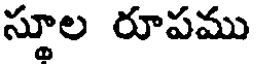
స్థూల రూపము